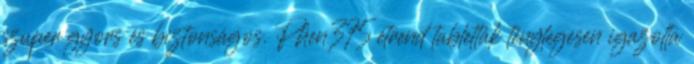
szuper gyors és biztonságos. Phen375 étrend tabletták ténylegesen igazolta